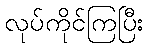
လုပ်ကိုင်ကြပြီး